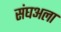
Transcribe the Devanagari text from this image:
संघअला